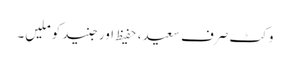
وکٹ صرف سعید، حفیظ اور جنید کو ملیں۔